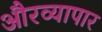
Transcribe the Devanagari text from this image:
औरव्यापार